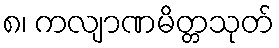
၈၊ ကလျာဏမိတ္တသုတ်